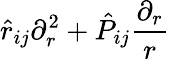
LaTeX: \hat{r}_{ij}\partial_{r}^{2}+\hat{P}_{ij}\frac{\partial_{r}}{r}